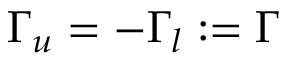
\Gamma _ { u } = - \Gamma _ { l } : = \Gamma